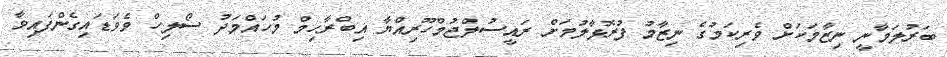
ބަރުލަމާނީ ނިޒާމަކަށް ވެރިކަމުގެ ނިޒާމު ފުރޮޅާލުމަށް ރަައީސުލްޖުމްހޫރިއްޔާ އިބްރާހިމް މުހައްމަދު ސޯލިހް ވެވަޑައިގެންފައިވާ